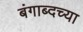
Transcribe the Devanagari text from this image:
बंगाब्दच्या